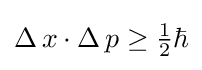
\operatorname {\Delta } x\cdot \operatorname {\Delta } p\geq {\tfrac {1}{2}}\hbar